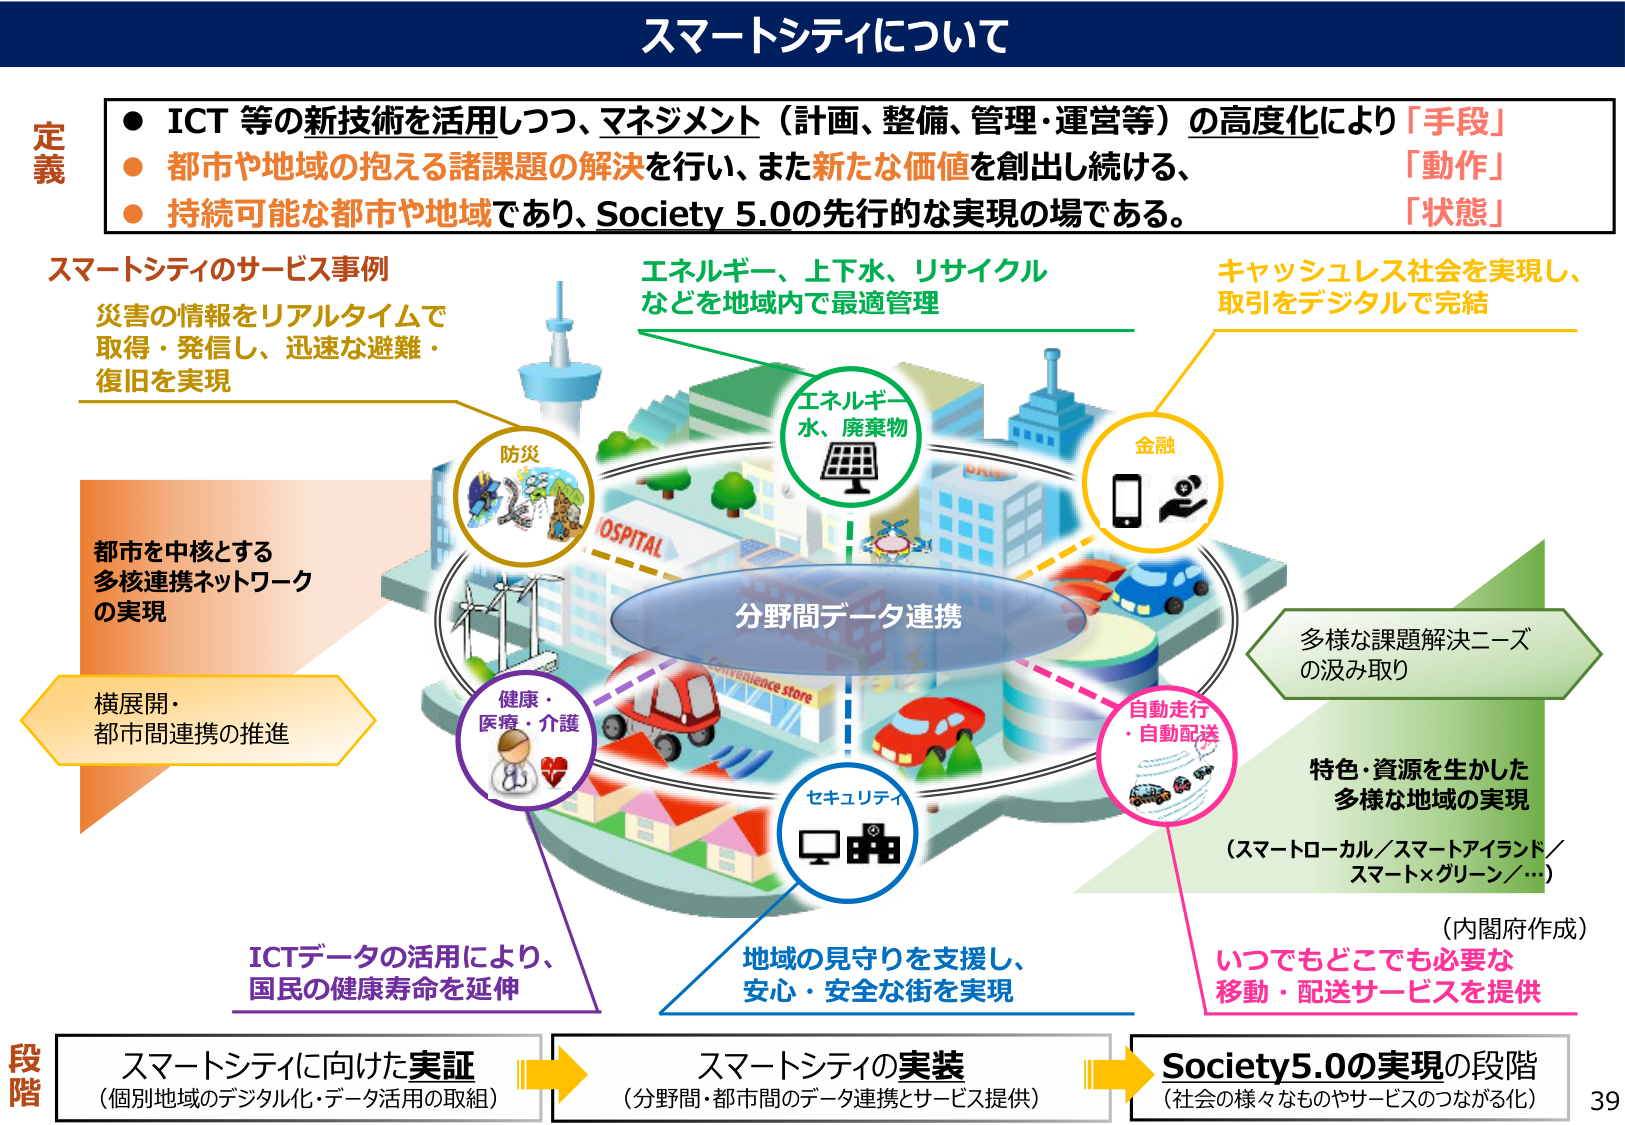
スマートシティについて

定義
● ICT 等の新技術を活用しつつ、マネジメント（計画、整備、管理・運営等）の高度化により「手段」
● 都市や地域の抱える諸課題の解決を行い、また新たな価値を創出し続ける、「動作」
● 持続可能な都市や地域であり、Society 5.0の先行的な実現の場である。「状態」

スマートシティのサービス事例
災害の情報をリアルタイムで
取得・発信し、迅速な避難・
復旧を実現

エネルギー、上下水、リサイクル
などを地域内で最適管理

キャッシュレス社会を実現し、
取引をデジタルで完結

防災

エネルギー
水、廃棄物

金融

都市を中核とする
多核連携ネットワーク
の実現

分野間データ連携

健康・
医療・介護

セキュリティ

自動走行
・自動配送

多様な課題解決ニーズ
の汲み取り

特色・資源を生かした
多様な地域の実現
（スマートローカル／スマートアイランド／
スマート×グリーン／…）

横展開・
都市間連携の推進

ICTデータの活用により、
国民の健康寿命を延伸

地域の見守りを支援し、
安心・安全な街を実現

いつでもどこでも必要な
移動・配送サービスを提供

（内閣府作成）

段階
スマートシティに向けた実証
（個別地域のデジタル化・データ活用の取組）

→ スマートシティの実装
（分野間・都市間のデータ連携とサービス提供）

→ Society5.0の実現の段階
（社会の様々なものやサービスのつながる化）

39